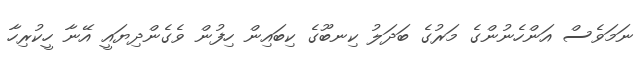
ނަމަވެސް އަންހެނުންގެ މަރުގެ ބަދަލު ކިނބޫގެ ކިބައިން ހިފުން ވެގެންދިޔައީ އޭނާ ހީކުރިހާ